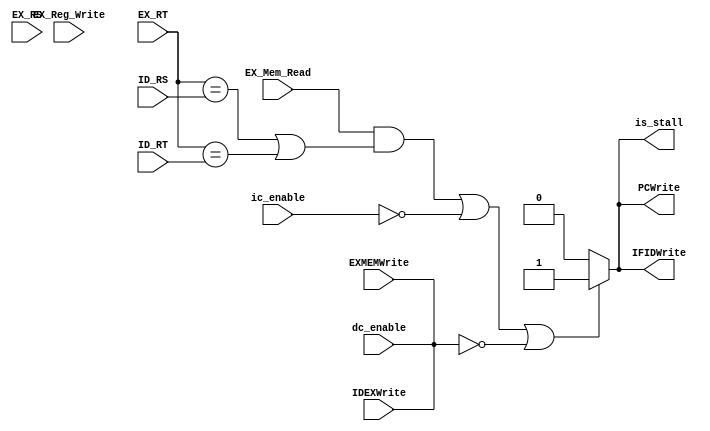
module hazard_detect(ID_RS, ID_RT, EX_Mem_Read, EX_Reg_Write, EX_RS, EX_RT, is_stall, IFIDWrite, IDEXWrite, EXMEMWrite,PCWrite, ic_enable, dc_enable);
  input [1:0] ID_RS;
  input [1:0] ID_RT;
  input [1:0] EX_RS;
  input [1:0] EX_RT;
  input EX_Mem_Read;
  input EX_Reg_Write;
  input ic_enable;
  input dc_enable;
  input IDEXWrite;
  input EXMEMWrite;

  output reg is_stall;
	output reg PCWrite;
  output reg IFIDWrite;

  assign IDEXWrite = dc_enable;
  assign EXMEMWrite = dc_enable;

  always @(*) begin //////////maybe?
    if(((EX_Mem_Read ) && ((EX_RT == ID_RS) || (EX_RT == ID_RT))) || !ic_enable || !dc_enable) begin
      is_stall = 1'b1;
      IFIDWrite = 1'b1;
      PCWrite = 1'b1;
    end
    else begin
      is_stall = 1'b0;
      IFIDWrite = 1'b0;
      PCWrite = 1'b0;
    end
  end
endmodule